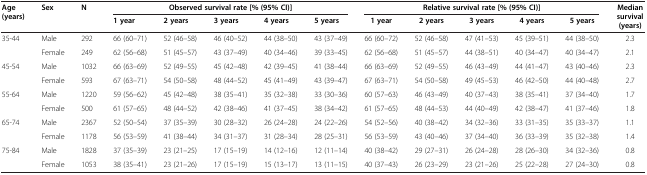
<table><thead><tr><td rowspan="2"><b>Age (years)</b></td><td rowspan="2"><b>Sex</b></td><td rowspan="2"><b>N</b></td><td colspan="5"><b>Observed survival rate [% (95% CI)]</b></td><td colspan="5"><b>Relative survival rate [% (95% CI)]</b></td><td rowspan="2"><b>Median survival (years)</b></td></tr><tr><td><b>1 year</b></td><td><b>2 years</b></td><td><b>3 years</b></td><td><b>4 years</b></td><td><b>5 years</b></td><td><b>1 year</b></td><td><b>2 years</b></td><td><b>3 years</b></td><td><b>4 years</b></td><td><b>5 years</b></td></tr></thead><tbody><tr><td rowspan="2">35-44</td><td>Male</td><td>292</td><td>66 (60–71)</td><td>52 (46–58)</td><td>46 (40–52)</td><td>44 (38–50)</td><td>43 (37–49)</td><td>66 (60–72)</td><td>52 (46–58)</td><td>47 (41–53)</td><td>45 (39–51)</td><td>44 (38–50)</td><td>2.3</td></tr><tr><td>Female</td><td>249</td><td>62 (56–68)</td><td>51 (45–57)</td><td>43 (37–49)</td><td>40 (34–46)</td><td>39 (33–45)</td><td>62 (56–68)</td><td>51 (45–57)</td><td>44 (38–51)</td><td>40 (34–47)</td><td>40 (34–47)</td><td>2.1</td></tr><tr><td rowspan="2">45-54</td><td>Male</td><td>1032</td><td>66 (63–69)</td><td>52 (49–55)</td><td>45 (42–48)</td><td>42 (39–45)</td><td>41 (38–44)</td><td>66 (63–69)</td><td>52 (49–55)</td><td>46 (43–49)</td><td>44 (41–47)</td><td>43 (40–46)</td><td>2.3</td></tr><tr><td>Female</td><td>593</td><td>67 (63–71)</td><td>54 (50–58)</td><td>48 (44–52)</td><td>45 (41–49)</td><td>43 (39–47)</td><td>67 (63–71)</td><td>54 (50–58)</td><td>49 (45–53)</td><td>46 (42–50)</td><td>44 (40–48)</td><td>2.7</td></tr><tr><td rowspan="2">55-64</td><td>Male</td><td>1220</td><td>59 (56–62)</td><td>45 (42–48)</td><td>38 (35–41)</td><td>35 (32–38)</td><td>33 (30–36)</td><td>60 (57–63)</td><td>46 (43–49)</td><td>40 (37–43)</td><td>38 (35–41)</td><td>37 (34–40)</td><td>1.7</td></tr><tr><td>Female</td><td>500</td><td>61 (57–65)</td><td>48 (44–52)</td><td>42 (38–46)</td><td>41 (37–45)</td><td>38 (34–42)</td><td>61 (57–65)</td><td>48 (44–53)</td><td>44 (40–49)</td><td>42 (38–47)</td><td>41 (37–46)</td><td>1.8</td></tr><tr><td rowspan="2">65-74</td><td>Male</td><td>2367</td><td>52 (50–54)</td><td>37 (35–39)</td><td>30 (28–32)</td><td>26 (24–28)</td><td>24 (22–26)</td><td>54 (52–56)</td><td>40 (38–42)</td><td>34 (32–36)</td><td>33 (31–35)</td><td>35 (33–37)</td><td>1.1</td></tr><tr><td>Female</td><td>1178</td><td>56 (53–59)</td><td>41 (38–44)</td><td>34 (31–37)</td><td>31 (28–34)</td><td>28 (25–31)</td><td>56 (53–59)</td><td>43 (40–46)</td><td>37 (34–40)</td><td>36 (33–39)</td><td>35 (32–38)</td><td>1.4</td></tr><tr><td rowspan="2">75-84</td><td>Male</td><td>1828</td><td>37 (35–39)</td><td>23 (21–25)</td><td>17 (15–19)</td><td>14 (12–16)</td><td>12 (11–14)</td><td>40 (38–42)</td><td>29 (27–31)</td><td>26 (24–28)</td><td>28 (26–30)</td><td>34 (32–36)</td><td>0.8</td></tr><tr><td>Female</td><td>1053</td><td>38 (35–41)</td><td>23 (21–26)</td><td>17 (15–19)</td><td>15 (13–17)</td><td>13 (11–15)</td><td>40 (37–43)</td><td>26 (23–29)</td><td>23 (21–26)</td><td>25 (22–28)</td><td>27 (24–30)</td><td>0.8</td></tr></tbody></table>